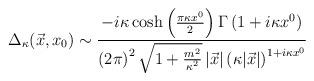
LaTeX: \begin{align*}\Delta_{\kappa}(\vec{x},x_{0}) \sim{-i\kappa \cosh \left( {\pi \kappa x^{0} \over 2}\right) \Gamma \left( 1 + i \kappa x^{0}\right) \over\left(2\pi\right)^{2} \sqrt{1 + {m^{2}\over \kappa^{2}} }\,|\vec{x}| \left( \kappa | \vec{x}|\right)^{1+ i \kappa x^{0} } }\end{align*}